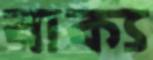
বাক্য